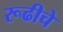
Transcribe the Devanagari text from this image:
रूढीचे